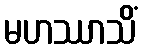
မဟဿာသိံ